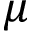
\mu